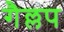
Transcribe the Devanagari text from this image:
गैल्लप